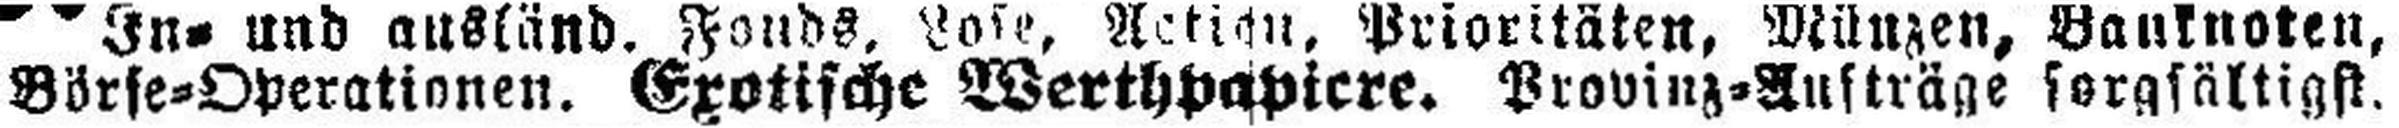
Börse=Operationen. Exotische Werthpapiere. Provinz=Aufträge sorgfältigst.